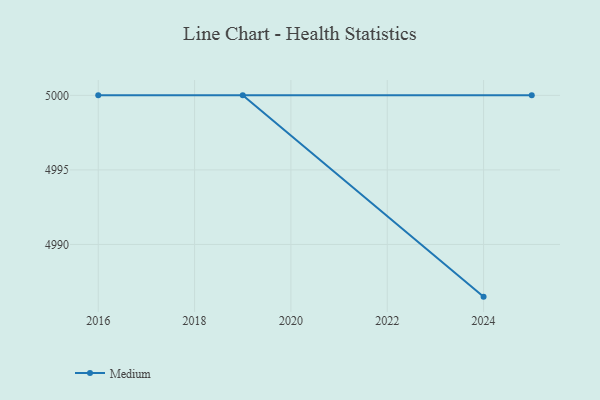
{"axis": {"x": "Year", "y": "Latency (ms)"}, "legend": ["Medium"], "data": [{"x": "2024", "y": 4986.5, "type": "Medium"}, {"x": "2019", "y": 5000, "type": "Medium"}, {"x": "2016", "y": 5000, "type": "Medium"}, {"x": "2025", "y": 5000, "type": "Medium"}]}